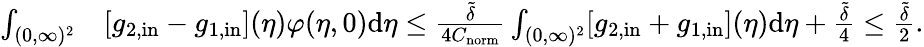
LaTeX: \begin{array}{rl}{\int_{(0,\infty)^{2}}}&{[g_{2,\textup{in}}-g_{1,\textup{in}}](\eta)\varphi(\eta,0)\textup{d}\eta\leq\frac{\tilde{\delta}}{4C_{\textup{norm}}}\int_{(0,\infty)^{2}}[g_{2,\textup{in}}+g_{1,\textup{in}}](\eta)\textup{d}\eta+\frac{\tilde{\delta}}{4}\leq\frac{\tilde{\delta}}{2}.}\end{array}